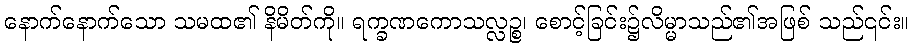
နောက်နောက်သော သမထ၏ နိမိတ်ကို။ ရက္ခဏကောသလ္လဉ္စ၊ စောင့်ခြင်း၌လိမ္မာသည်၏အဖြစ် သည်၎င်း။